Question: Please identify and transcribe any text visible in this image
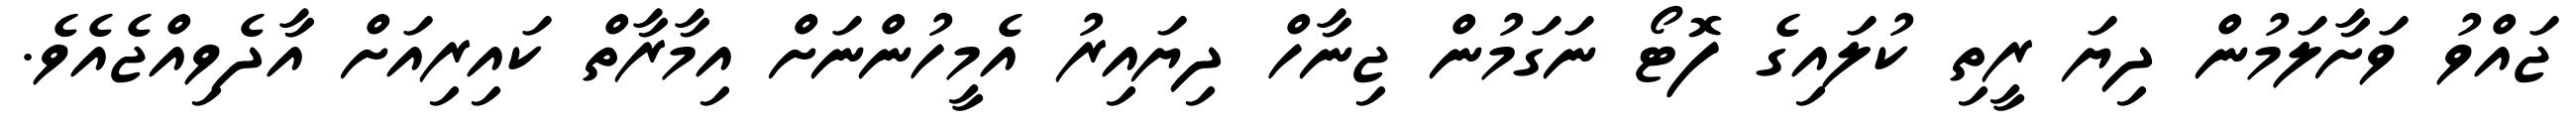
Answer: ޖައްވު ވަށާލަމުން ދިޔަ ރީތި ކުލައިގެ ފޮޓޯ ނަގަމުން ޖިނާހް ދިޔައިރު އެމީހުންނަށް އިމާރާތް ކައިރިއަށް އާދެވިއްޖެއެވެ.